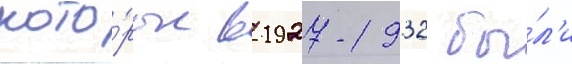
кото́рые в 1927-1932 бы́л'и